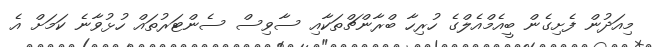
މިއަދުން ފެށިގެން ބީއެމްއެލްގެ ހުރިހާ ބްރާންޗްތަކާއި ސާވިސް ސެންޓަރުތައް ހުޅުވާނެ ކަމަށް އެ